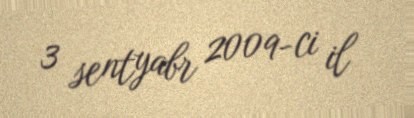
3 sentyabr 2009-ci il